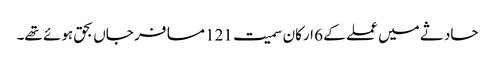
حادثے میں عملے کے 6 ارکان سمیت 121 مسافر جاں بحق ہوئے تھے۔